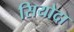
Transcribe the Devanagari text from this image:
सियोदा